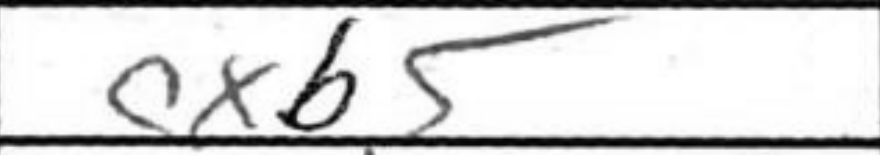
Transcription: cxb5